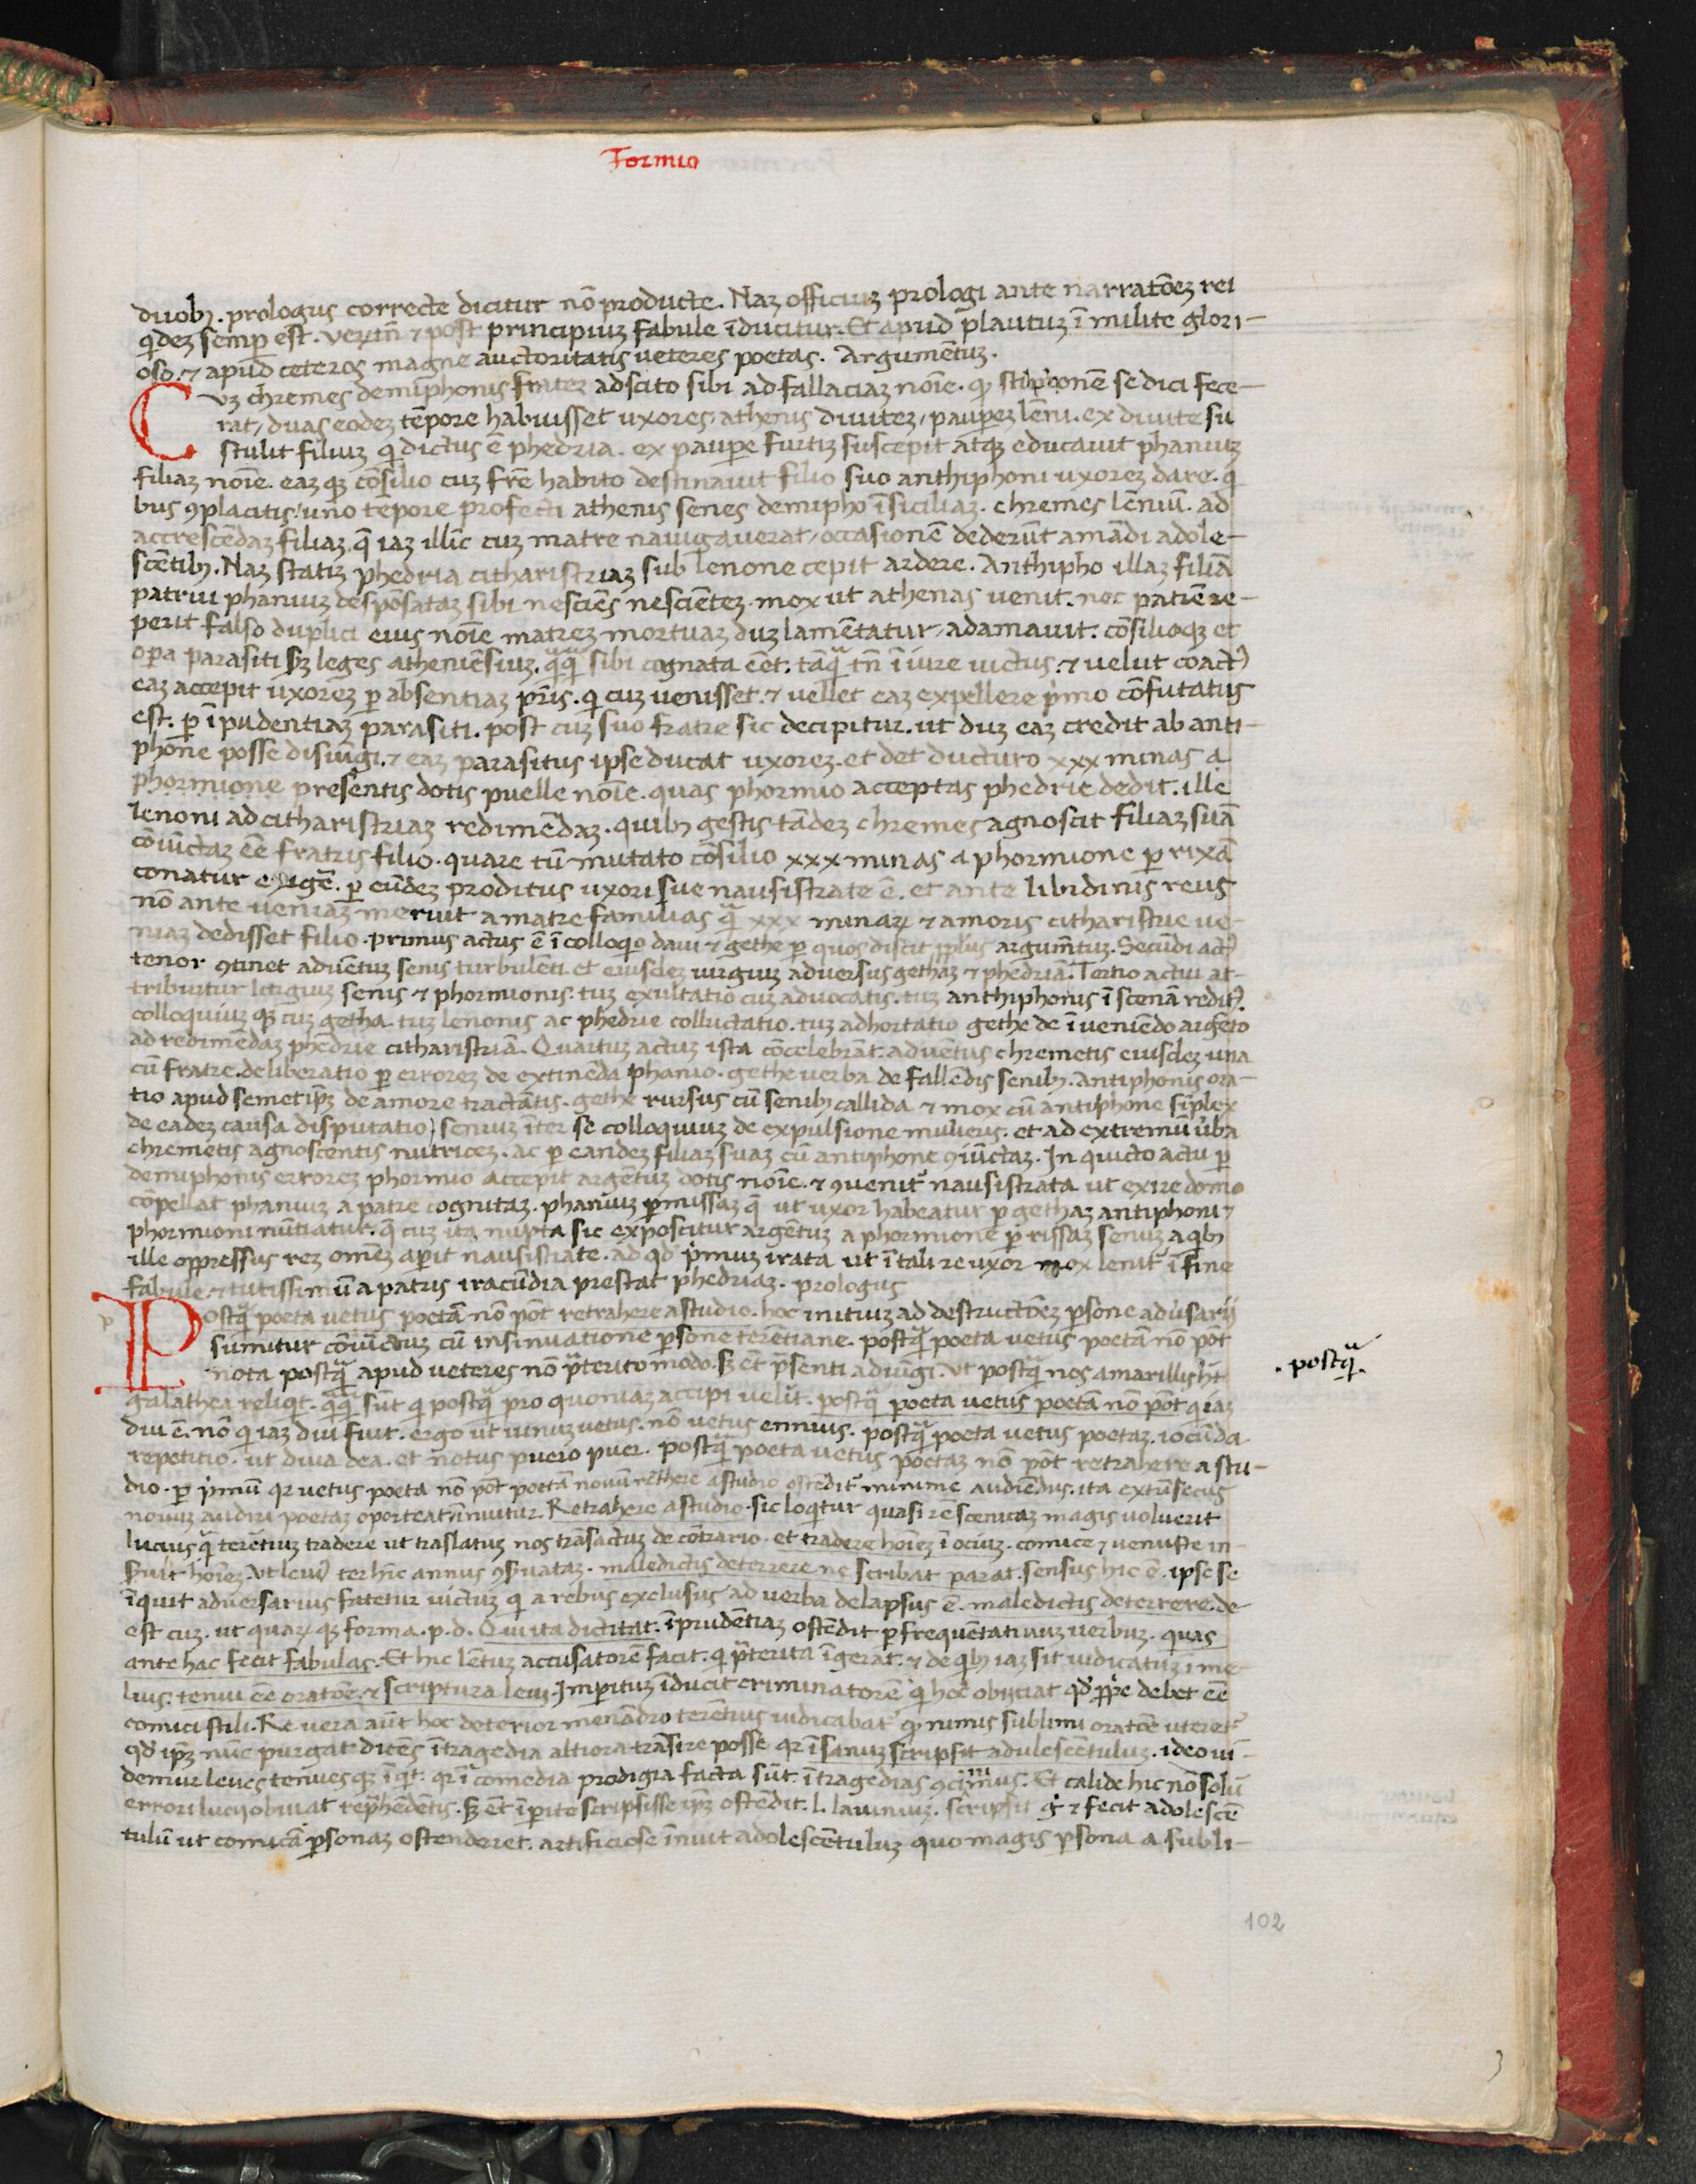
Shelfmark: Florence, Biblioteca Medicea Laurenziana, Laur. Plut. 53.08
Century: 15